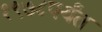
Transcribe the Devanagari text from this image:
१९७८पर्यंत